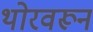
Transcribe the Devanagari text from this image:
थोरवरून